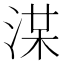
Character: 𣷞